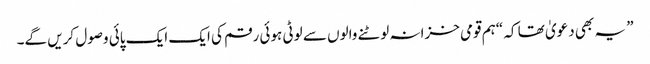
” یہ بھی دعویٰ تھا کہ “ہم قومی خزانہ لوٹنے والوں سے لوٹی ہوئی رقم کی ایک ایک پائی وصول کریں گے۔